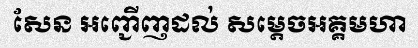
សែន អញ្ជើញដល់ សម្តេចអគ្គមហា